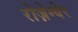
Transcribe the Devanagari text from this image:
रोज़ेग्येर